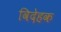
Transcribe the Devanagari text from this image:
विदेहक